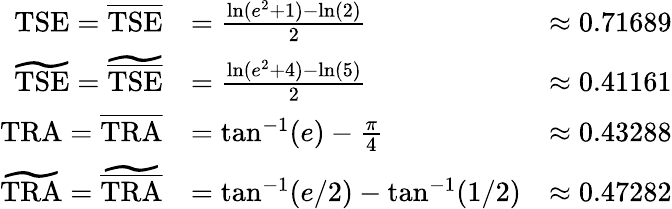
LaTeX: \begin{array}{rlr}{\mathrm{TSE}=\overline{{\mathrm{TSE}}}}&{=\frac{\ln(e^{2}+1)-\ln(2)}{2}}&{\approx 0.71689}\\ {\widetilde{\mathrm{TSE}}=\widetilde{\overline{{\mathrm{TSE}}}}}&{=\frac{\ln(e^{2}+4)-\ln(5)}{2}}&{\approx 0.41161}\\ {\mathrm{TRA}=\overline{{\mathrm{TRA}}}}&{=\tan^{-1}(e)-\frac{\pi}{4}}&{\approx 0.43288}\\ {\widetilde{\mathrm{TRA}}=\widetilde{\overline{{\mathrm{TRA}}}}}&{=\tan^{-1}(e/2)-\tan^{-1}(1/2)}&{\approx 0.47282}\end{array}